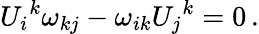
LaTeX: U_{i}{}^{k}\omega_{kj}-\omega_{ik}U_{j}{}^{k}=0\, .